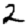
Digit: 2